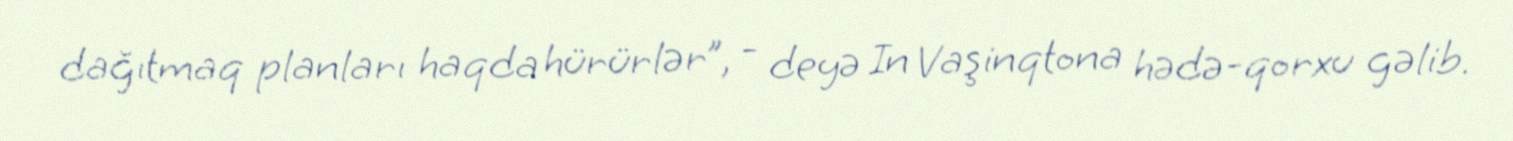
dağıtmaq planları haqda hürürlər”, - deyə In Vaşinqtona hədə-qorxu gəlib.